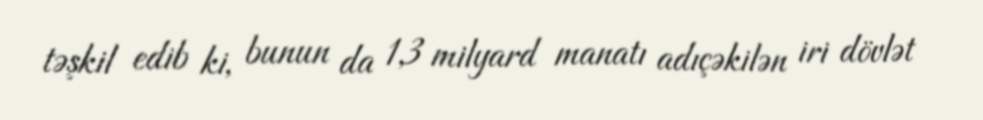
təşkil edib ki, bunun da 1,3 milyard manatı adıçəkilən iri dövlət